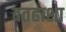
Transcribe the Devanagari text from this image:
बतहाशा